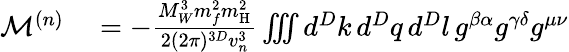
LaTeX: \begin{array}{rl}{\mathcal{M}^{(n)}}&{{}=-\frac{M_{W}^{3}m_{f}^{2}m_{\mathrm{H}}^{2}}{2(2\pi)^{3D}v_{n}^{3}}\iiint d^{D}k\, d^{D}q\, d^{D}l\, g^{\beta\alpha}g^{\gamma\delta}g^{\mu\nu}}\end{array}